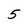
Character: 5